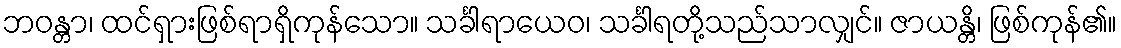
ဘဝန္တာ၊ ထင်ရှားဖြစ်ရာရှိကုန်သော။ သင်္ခါရာယေဝ၊ သင်္ခါရတို့သည်သာလျှင်။ ဇာယန္တိ၊ ဖြစ်ကုန်၏။